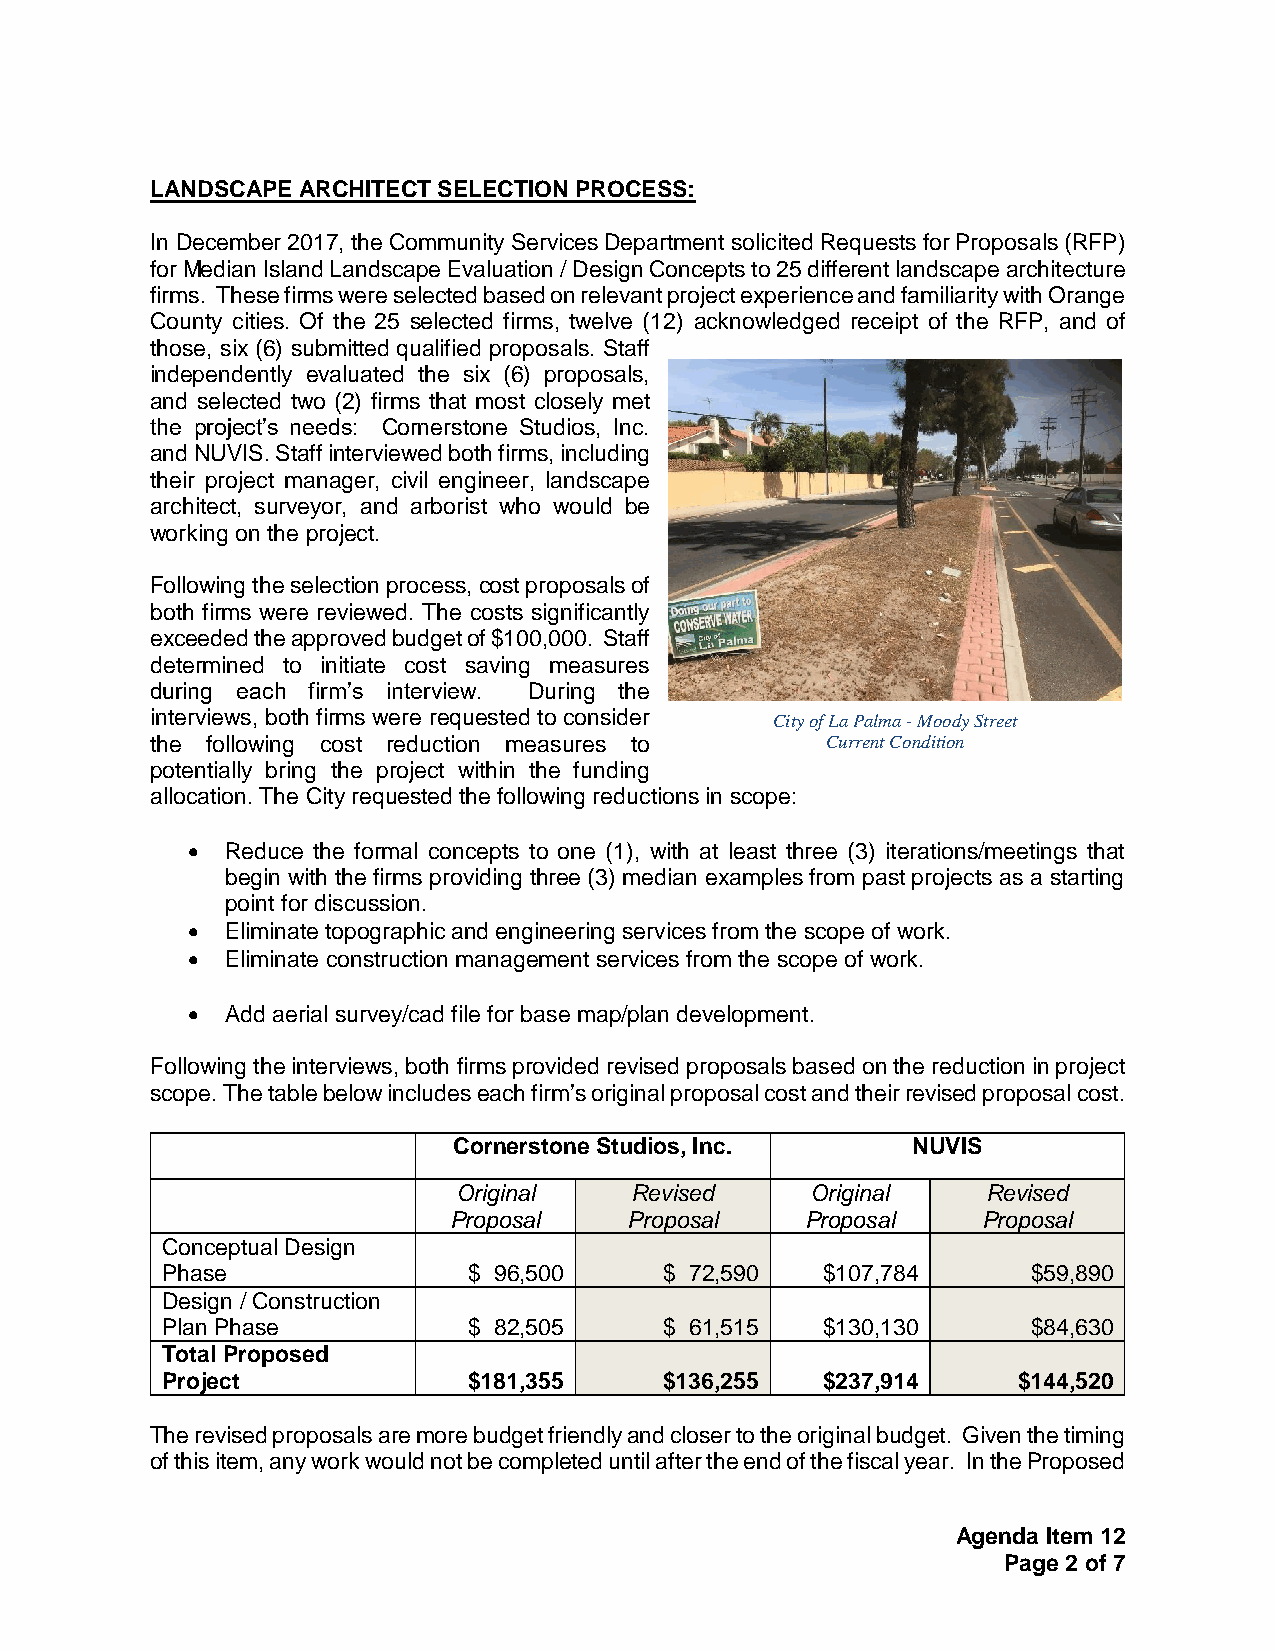
LANDSCAPE ARCHITECT SELECTION PROCESS:
 In December 2017, the Community Services Department solicited Requests for Proposals (RFP)
 for Median Island Landscape Evaluation / Design Concepts to 25 different landscape architecture
 firms. These firms were selected based on relevant project experience and familiarity with Orange
 County cities. Of the 25 selected firms, twelve (12) acknowledged receipt of the RFP, and of
 those, six (6) submitted qualified proposals. Staff
 independently evaluated the six (6) proposals,
 and selected two (2) firms that most closely met
 the project’s needs: Cornerstone Studios, Inc.
 and NUVIS. Staff interviewed both firms, including
 their project manager, civil engineer, landscape
 architect, surveyor, and arborist who would be
 working on the project.
 Following the selection process, cost proposals of
 both firms were reviewed. The costs significantly
 exceeded the approved budget of $100,000. Staff
 determined to initiate cost saving measures
 during each firm’s interview. During the
 interviews, both firms were requested to consider City of La Palma - Moody Street
 the following cost reduction measures to     Current Condition
 potentially bring the project within the funding
 allocation. The City requested the following reductions in scope:
   Reduce the formal concepts to one (1), with at least three (3) iterations/meetings that
 begin with the firms providing three (3) median examples from past projects as a starting
 point for discussion.
   Eliminate topographic and engineering services from the scope of work.
   Eliminate construction management services from the scope of work.
   Add aerial survey/cad file for base map/plan development.
 Following the interviews, both firms provided revised proposals based on the reduction in project
 scope. The table below includes each firm’s original proposal cost and their revised proposal cost.
 Cornerstone Studios, Inc.     NUVIS
 Original    Revised     Original   Revised
 Proposal    Proposal   Proposal    Proposal
 Conceptual Design
 Phase               $ 96,500     $ 72,590  $107,784      $59,890
 Design / Construction
 Plan Phase          $ 82,505     $ 61,515  $130,130      $84,630
 Total Proposed
 Project             $181,355     $136,255  $237,914     $144,520
 The revised proposals are more budget friendly and closer to the original budget. Given the timing
 of this item, any work would not be completed until after the end of the fiscal year. In the Proposed
 Agenda Item 12
 Page 2 of 7